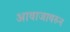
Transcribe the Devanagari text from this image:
आवाजावरुन